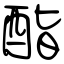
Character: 酯